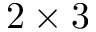
2 \times 3